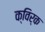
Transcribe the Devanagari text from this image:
क्विर्क